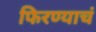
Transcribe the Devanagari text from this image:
फिरण्याचं